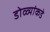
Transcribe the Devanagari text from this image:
डोळ्यांकडे